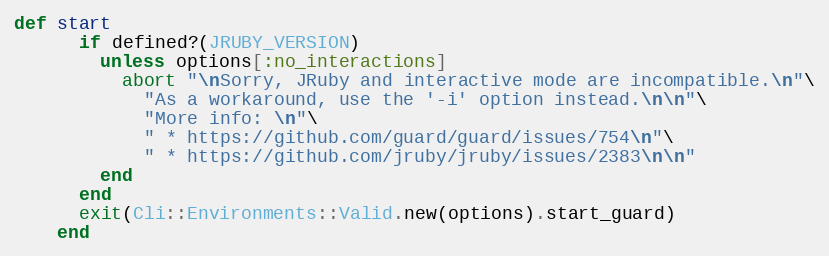
Language: Ruby
def start
      if defined?(JRUBY_VERSION)
        unless options[:no_interactions]
          abort "\nSorry, JRuby and interactive mode are incompatible.\n"\
            "As a workaround, use the '-i' option instead.\n\n"\
            "More info: \n"\
            " * https://github.com/guard/guard/issues/754\n"\
            " * https://github.com/jruby/jruby/issues/2383\n\n"
        end
      end
      exit(Cli::Environments::Valid.new(options).start_guard)
    end